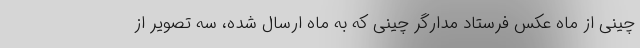
چینی از ماه عکس فرستاد مدارگر چینی که به ماه ارسال شده، سه تصویر از